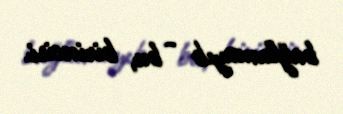
bağlamayıb - bu, birincisi.